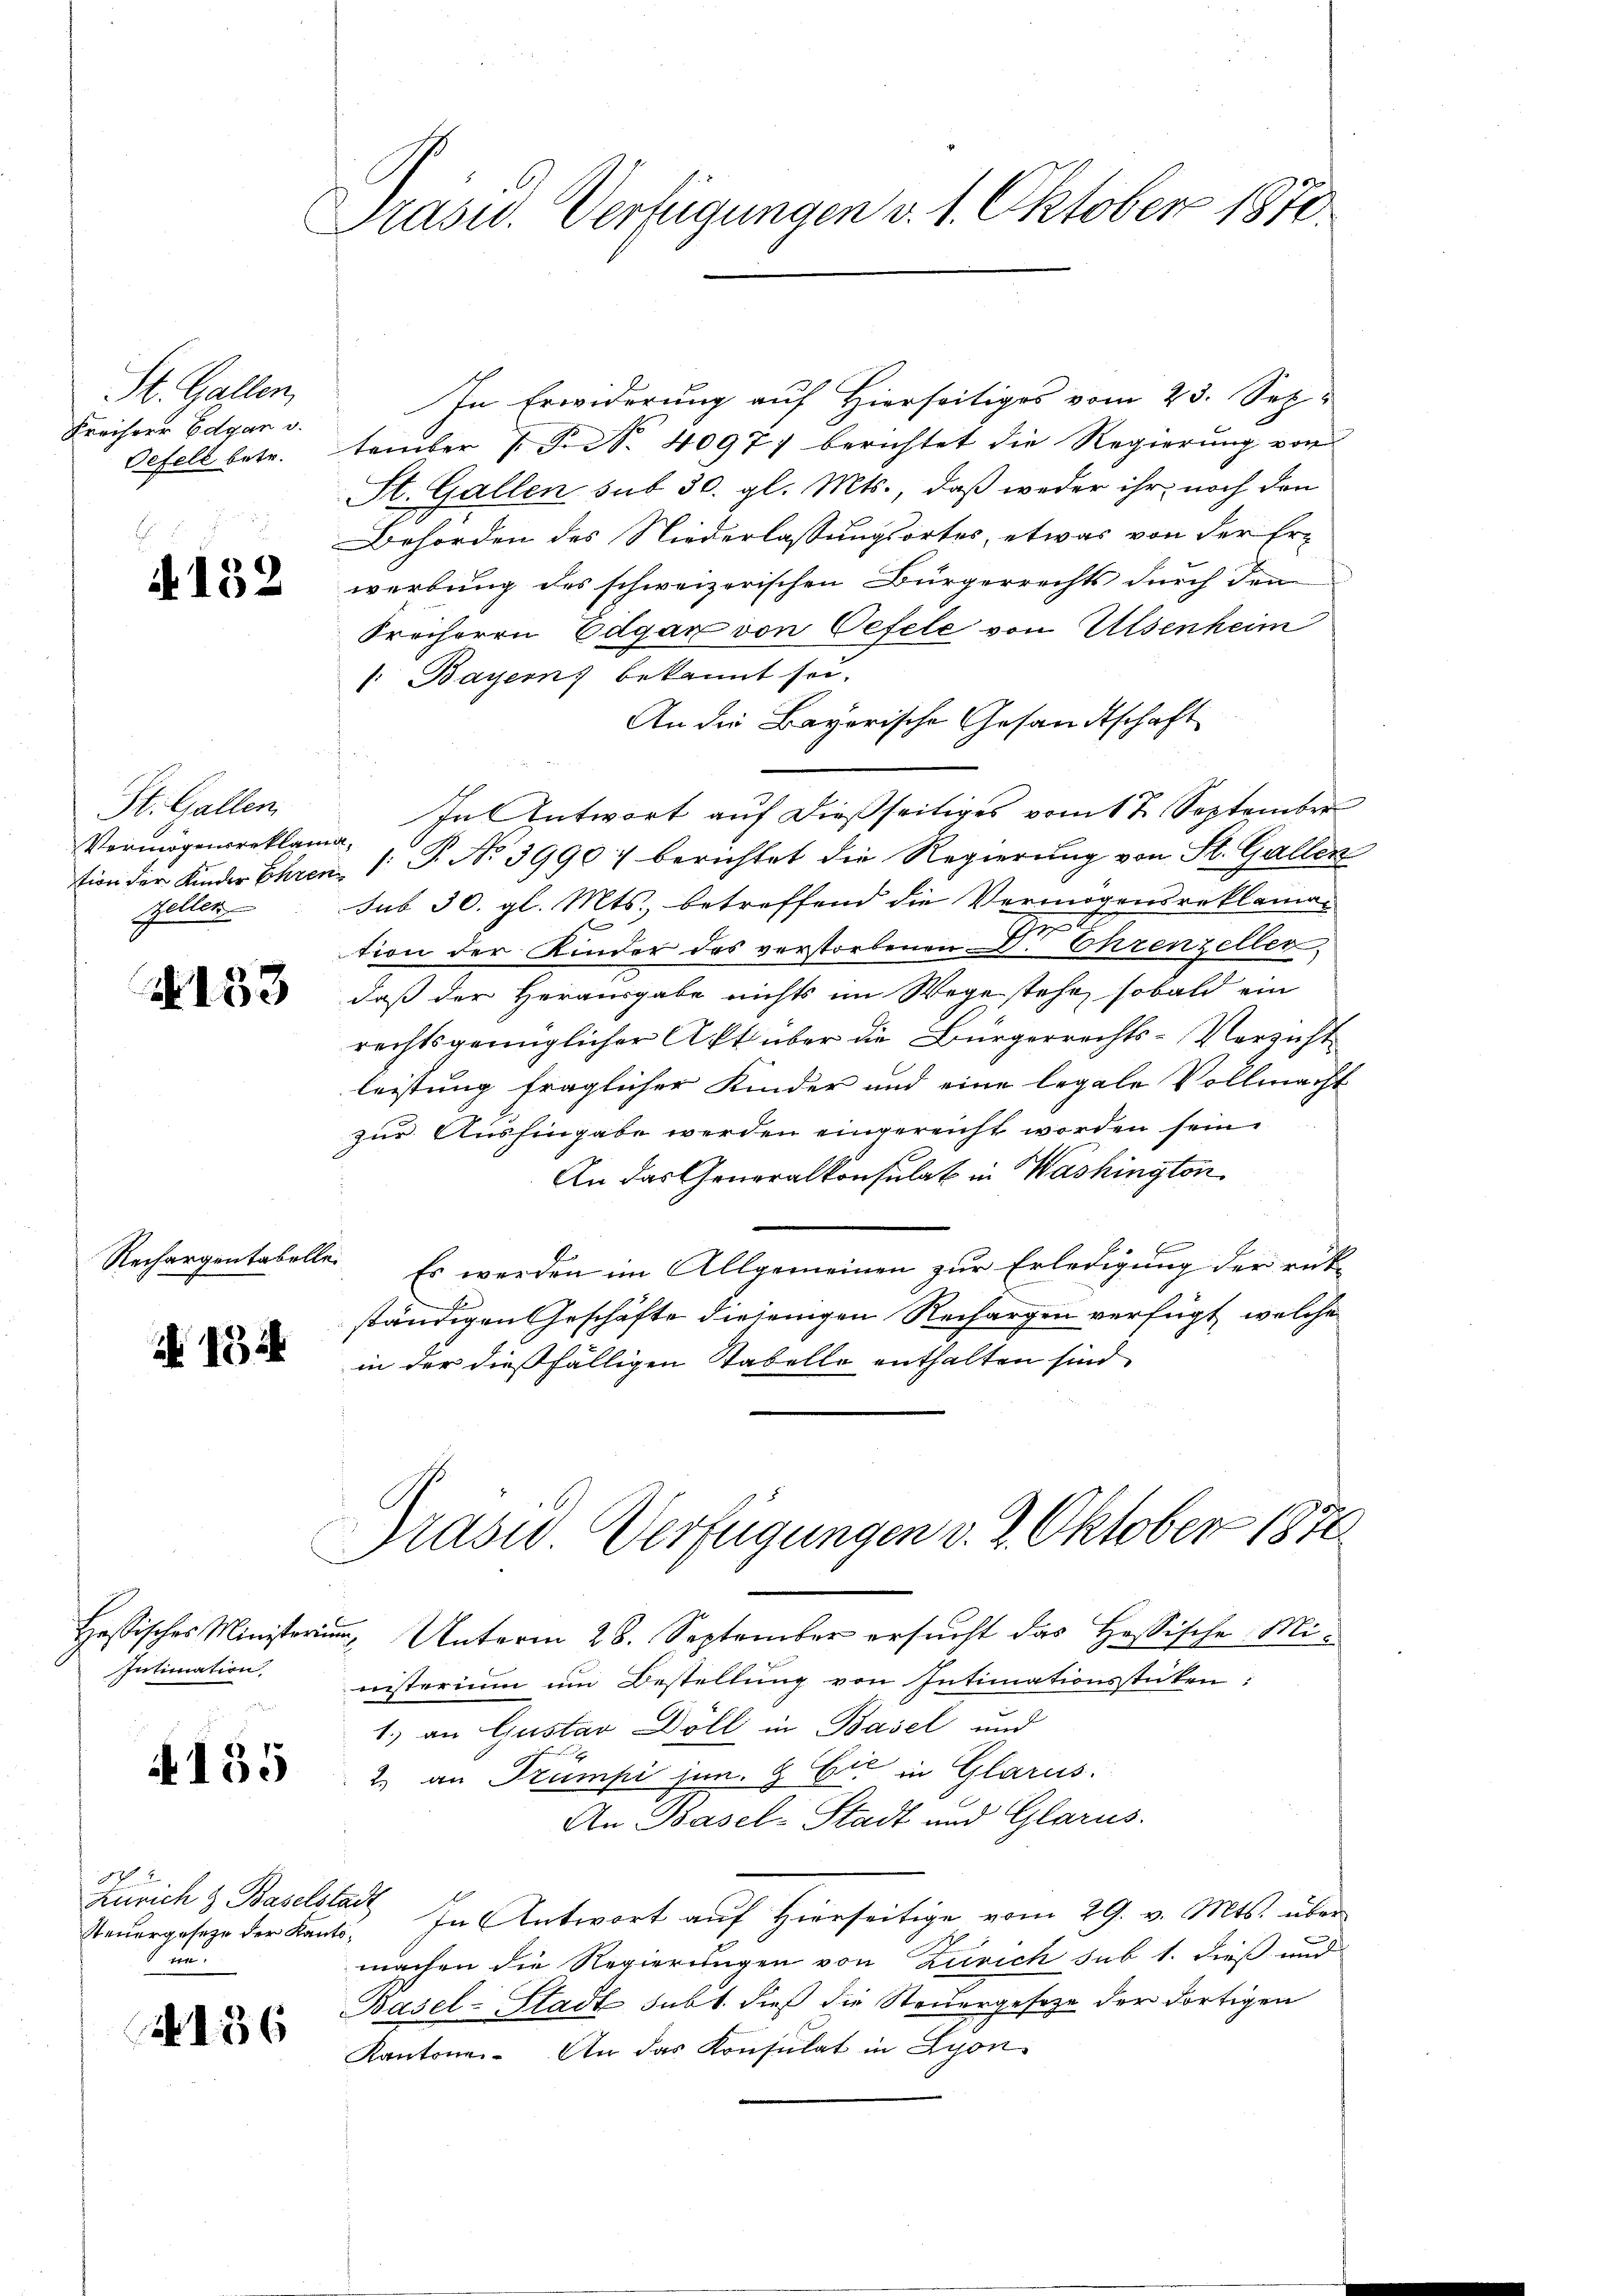
St. Gallen,
Freiherr Edgar d.
Oefell betr.

4152

St. Gallen,
Vermögensreklama,
Zellen

N 153

Rechargen tabelle

13

In Erwiderung auf Hierseitiges vom 23. Sep.
tember 1 S. Nr. 4097) berichtet die Regierung von
St. Gallen sub 30. gl. Mts., daß weder ihr noch den
Behörden des Niederlassungsortes, etwas von der Erwerbung des schweizerischen Bürgerrechts durch den
Freiherrn Edgar von Oefele von Elsenheim
 Bayern) bekannt sei.
An die Bayerische Gesandtschaft
In Antwort auf dießseitiges vom 1 t September
tion der Kinder Ehren /: P. No 39907 berichtet die Regierung von St. Gallen
sub 30. gl. Mts., betreffend die Vermögensreklaman
tion der Kinder des verstorbenen Dr. Ehrenzeller
daß der Herausgabe nichts im Wege stehe, sobald ein
rechtsgenüglicher Akt über die Bürgerrechts-Versicht
leistung fraglicher Kinder und eine legale Vollmacht
zur Aushingabe werden eingereicht worden sein.
An das Generalkonsulat in Washington
Es werden im Allgemeinen zur Erledigung der rükständigen Geschäfte diejenigen Rechargen verfügt, welche
in der dießfälligen Stabelle enthalten sind,
Präsid Verfügungen v. 2. Oktober 1870
Hessisches Ministerium, Unterm 28. September ersucht das Hassische Ministerium um Bestellung von Intimationsstücken:
1.) an Gustav Döll in Basel und
2.) an Trumpi jun. 9 Exr in Glarus.
An Basel-Stadt und Glarus.
Steŭergeseze der Kanto. In Antwort auf hierseitige vom 29. v. Mts. über
machen die Regierungen von Zürich sub 1. dieß und
Basel-Stadt subt dieß die Steuergesetze der dortigen
Kantone. An das Konsulat in Lyon

Intimation.

4155

2
Zürich & Baselstadt
ten

A 156

Präsid. Verfügungen v. 1. Oktober 1870